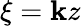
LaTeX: \xi=\mathbf{k}z